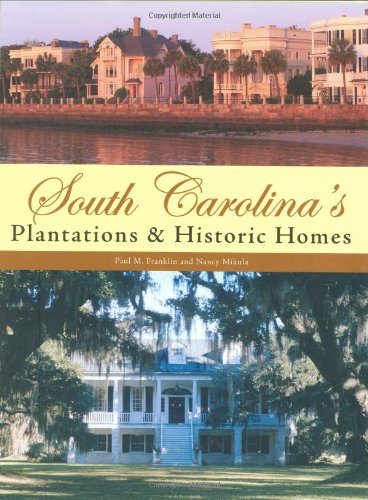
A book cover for South Carolina's Plantations & Historic Homes; Paul M. Franklin; Travel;